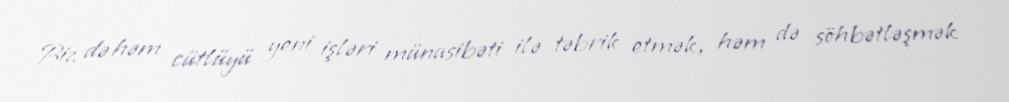
Biz də həm cütlüyü yeni işləri münasibəti ilə təbrik etmək, həm də söhbətləşmək